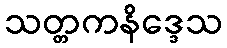
သတ္တကနိဒ္ဒေသ